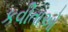
કવીતાઓ